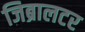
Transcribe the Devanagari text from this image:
जिब्रालटर